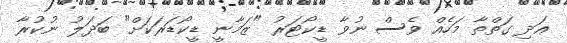
އަދި ގަތްތާ މަހެއް ވެސް ނުވާ ޑީކޯޓަރު "ޒަމާނީ ޑީކޯޑަރަކަށް" ބަދަލު ނުކުރާ